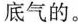
底气的。